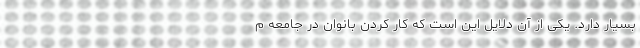
بسیار دارد. یکی از آن دلایل این است که کار کردن بانوان در جامعه م